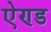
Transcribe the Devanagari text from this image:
एेण्ड